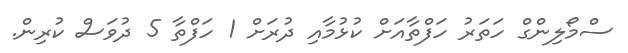
ސްމޯލިންގް ހަތަރު ހަފްތާއަށް ކުޅުމާއި ދުރަށް 1 ހަފްތާ 5 ދުވަސް ކުރިން.